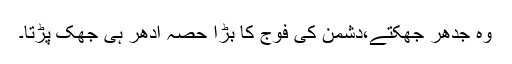
وہ جدھر جھکتے،دشمن کی فوج کا بڑا حصہ ادھر ہی جھک پڑتا۔